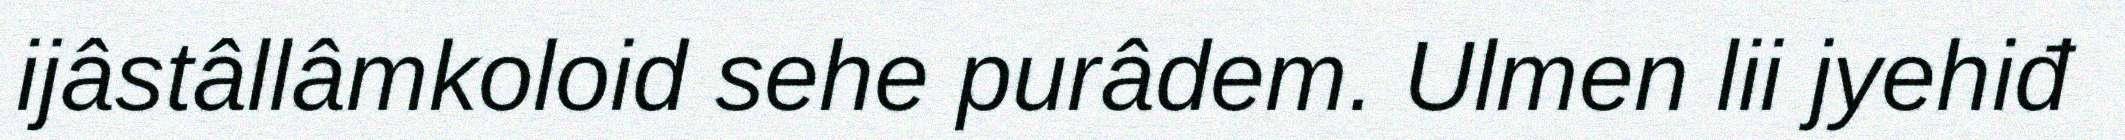
ijâstâllâmkoloid sehe purâdem. Ulmen lii jyehiđ